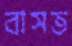
বাসত